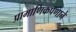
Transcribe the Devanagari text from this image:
प्रामाणिकपणाने